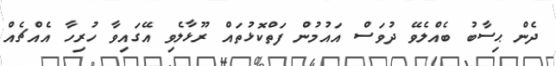
ދެން ޙިސާބު ބެއްލެވޭ ދުވަސް އައުމުން ފަތްކޮޅުތައް ރޫޅާލެވި އޭގައިވާ ހުރިހާ އެއްޗެއް